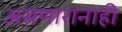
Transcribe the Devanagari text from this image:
असणारांनाही